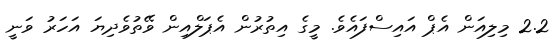
2.2 މިލިއަން އެޕް އައިސްފައެވެ. މީގެ އިތުރުން އެޕަލްއިން ވޭތުވެދިޔަ އަހަރު ވަނީ